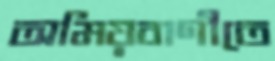
অমিয়বাণীতে